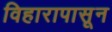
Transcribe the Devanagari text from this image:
विहारापासून